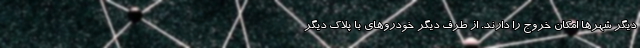
دیگر شهرها امکان خروج را دارند. از طرف دیگر خودروهای با پلاک دیگر